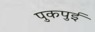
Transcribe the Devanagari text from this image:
पुकपुई